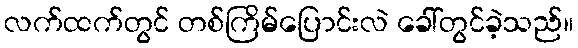
လက်ထက်တွင် တစ်ကြိမ်ပြောင်းလဲ ခေါ်တွင်ခဲ့သည်။